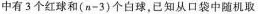
中有3个红球和$$(n - 3)$$个白球，已知从口袋中随机取